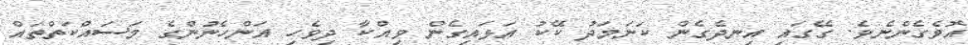
އޮވެގެންނެވެ. ގޭގައި އިނދެގެން ކަނަމަދު ކޭކު އަޅައިގެން ވިއްކާ ދިވެހި އަންހެނުންގެ މަސައްކަތްތައް